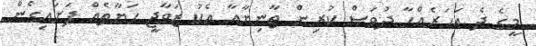
މީގެ ދެ އަހަރެއްހާ ދުވަސް ކުރިން ތާނިޔާއާ އެކު ޒަވާޖީ ހަޔާތެއް ފަށައިގެން